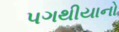
પગથીયાનો